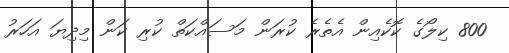
800 ކިލޯގެ ކޮކެއިން އެތެރެ ކުރަން މަސައްކަތް ކުރި ކަން މިދިޔަ އަހަރު